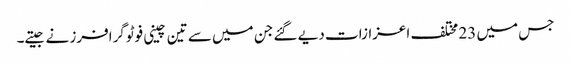
جس میں 23 مختلف اعزازات دیے گئے جن میں سے تین چینی فوٹوگرافرز نے جیتے۔